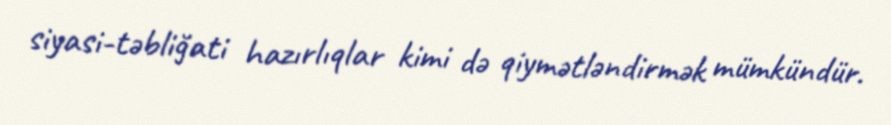
siyasi-təbliğati hazırlıqlar kimi də qiymətləndirmək mümkündür.